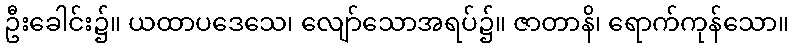
ဦးခေါင်း၌။ ယထာပဒေသေ၊ လျော်သောအရပ်၌။ ဇာတာနိ၊ ရောက်ကုန်သော။